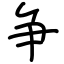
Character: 争